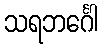
သရဘင်္ဂေါ